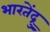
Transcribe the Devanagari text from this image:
भारतेंद्रु